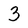
Character: 3